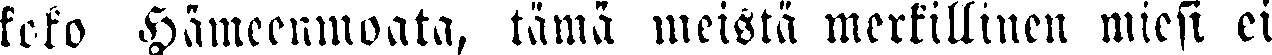
koko Hämeenmoata, tämä meistä merkillinen miesi ei